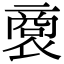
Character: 𧛨